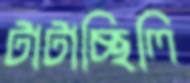
টাটাচ্ছিলি